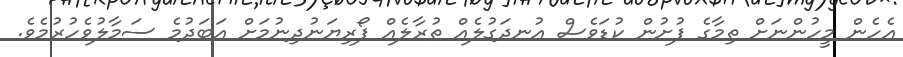
އެހެން މީހުންނަށް ތިމާގެ ފުށުން ކުޑަވެސް އުނދަގުލެއް ތުރާލެއް ފޯރިޔަނުދިނުމަށް އަބަދުމެ ސަމާލުވެހުރުމެވެ.